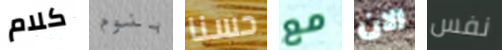
كلام بنوم حسنا مع الان نفس